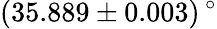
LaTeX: (35.889\pm 0.003)\, ^{\circ}